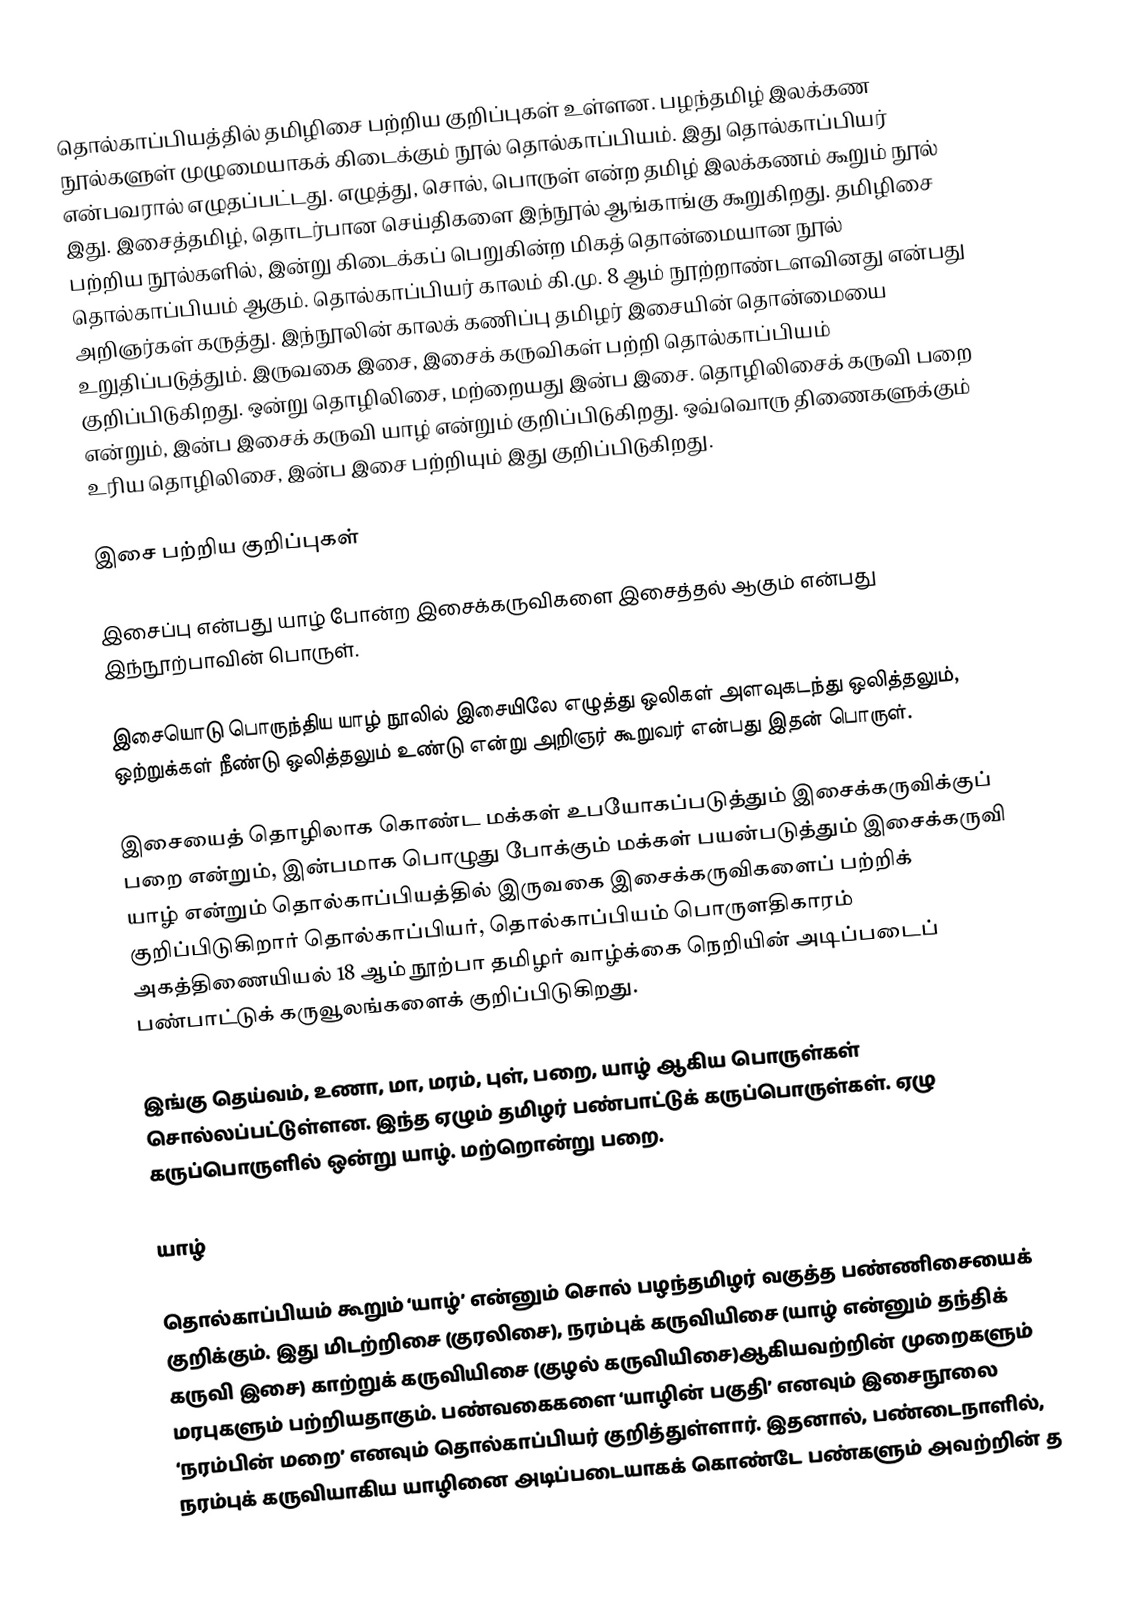
தொல்காப்பியத்தில் தமிழிசை பற்றிய குறிப்புகள் உள்ளன. பழந்தமிழ் இலக்கண நூல்களுள் முழுமையாகக் கிடைக்கும் நூல் தொல்காப்பியம். இது தொல்காப்பியர் என்பவரால் எழுதப்பட்டது. எழுத்து, சொல், பொருள் என்ற தமிழ் இலக்கணம் கூறும் நூல் இது. இசைத்தமிழ், தொடர்பான செய்திகளை இந்நூல் ஆங்காங்கு கூறுகிறது. தமிழிசை பற்றிய நூல்களில், இன்று கிடைக்கப் பெறுகின்ற மிகத் தொன்மையான நூல் தொல்காப்பியம் ஆகும். தொல்காப்பியர் காலம் கி.மு. 8 ஆம் நூற்றாண்டளவினது என்பது அறிஞர்கள் கருத்து. இந்நூலின் காலக் கணிப்பு தமிழர் இசையின் தொன்மையை உறுதிப்படுத்தும். இருவகை இசை, இசைக் கருவிகள் பற்றி தொல்காப்பியம் குறிப்பிடுகிறது.  ஒன்று தொழிலிசை, மற்றையது இன்ப இசை.  தொழிலிசைக் கருவி பறை என்றும், இன்ப இசைக் கருவி யாழ் என்றும் குறிப்பிடுகிறது.  ஒவ்வொரு திணைகளுக்கும் உரிய தொழிலிசை, இன்ப இசை பற்றியும் இது குறிப்பிடுகிறது.

இசை பற்றிய குறிப்புகள்

இசைப்பு என்பது யாழ் போன்ற இசைக்கருவிகளை இசைத்தல் ஆகும் என்பது இந்நூற்பாவின் பொருள்.

இசையொடு பொருந்திய யாழ் நூலில் இசையிலே எழுத்து ஒலிகள் அளவுகடந்து ஒலித்தலும், ஒற்றுக்கள் நீண்டு ஒலித்தலும் உண்டு என்று அறிஞர் கூறுவர் என்பது இதன் பொருள்.

இசையைத் தொழிலாக கொண்ட மக்கள் உபயோகப்படுத்தும் இசைக்கருவிக்குப் பறை என்றும், இன்பமாக பொழுது போக்கும் மக்கள் பயன்படுத்தும் இசைக்கருவி யாழ் என்றும் தொல்காப்பியத்தில் இருவகை இசைக்கருவிகளைப் பற்றிக் குறிப்பிடுகிறார் தொல்காப்பியர், தொல்காப்பியம் பொருளதிகாரம் அகத்திணையியல் 18 ஆம் நூற்பா தமிழர் வாழ்க்கை நெறியின் அடிப்படைப் பண்பாட்டுக் கருவூலங்களைக் குறிப்பிடுகிறது.

இங்கு தெய்வம், உணா, மா, மரம், புள், பறை, யாழ் ஆகிய பொருள்கள் சொல்லப்பட்டுள்ளன. இந்த ஏழும் தமிழர் பண்பாட்டுக் கருப்பொருள்கள். ஏழு கருப்பொருளில் ஒன்று யாழ். மற்றொன்று பறை.

யாழ்

தொல்காப்பியம் கூறும் ‘யாழ்’ என்னும் சொல் பழந்தமிழர் வகுத்த பண்ணிசையைக் குறிக்கும். இது மிடற்றிசை (குரலிசை), நரம்புக் கருவியிசை (யாழ் என்னும் தந்திக் கருவி இசை) காற்றுக் கருவியிசை (குழல் கருவியிசை)ஆகியவற்றின் முறைகளும் மரபுகளும் பற்றியதாகும். பண்வகைகளை ‘யாழின் பகுதி’ எனவும் இசைநூலை ‘நரம்பின் மறை’ எனவும் தொல்காப்பியர் குறித்துள்ளார். இதனால், பண்டைநாளில், நரம்புக் கருவியாகிய யாழினை அடிப்படையாகக் கொண்டே பண்களும் அவற்றின் த